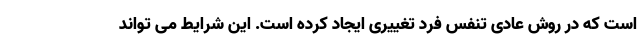
است که در روش عادی تنفس فرد تغییری ایجاد کرده است. این شرایط می تواند